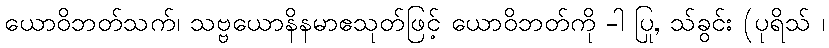
ယောဝိဘတ်သက်၊ သဗ္ဗယောနိနမာဧသုတ်ဖြင့် ယောဝိဘတ်ကို -ါ ပြု, သ်ခွင်း (ပုရိသ် ၊